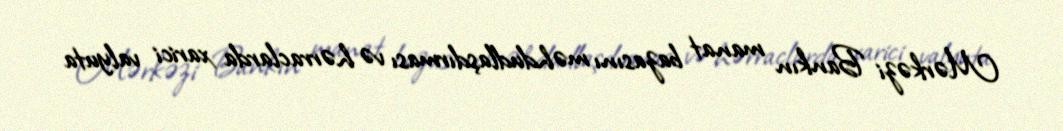
Mərkəzi Bankın manat bazasını məhdudlaşdırması və hərraclarda xarici valyuta